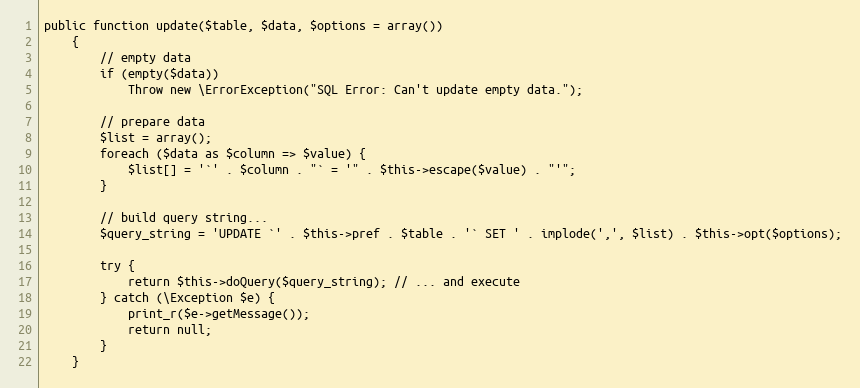
Language: PHP
public function update($table, $data, $options = array())
    {
        // empty data
        if (empty($data))
            Throw new \ErrorException("SQL Error: Can't update empty data.");

        // prepare data
        $list = array();
        foreach ($data as $column => $value) {
            $list[] = '`' . $column . "` = '" . $this->escape($value) . "'";
        }

        // build query string...
        $query_string = 'UPDATE `' . $this->pref . $table . '` SET ' . implode(',', $list) . $this->opt($options);

        try {
            return $this->doQuery($query_string); // ... and execute
        } catch (\Exception $e) {
            print_r($e->getMessage());
            return null;
        }
    }